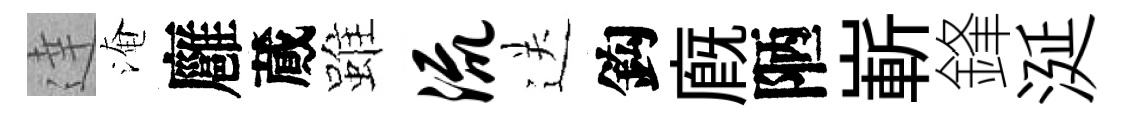
達淹廱蕆雖流送鈎廐陋嶄鋒涎